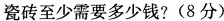
瓷砖至少需要多少钱?(8分)